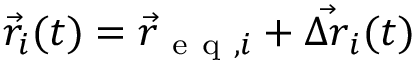
\vec { r } _ { i } ( t ) = \vec { r } _ { \mathrm { ~ e ~ q ~ } , i } + \vec { \Delta r } _ { i } ( t )